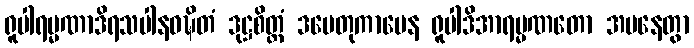
ရူပါရမ္မဏာဒိရသပါနဝဍ္ဎိတံ ဒုဋ္ဌစိတ္တံ ဒမေတုကာမေန ရူပါဒိအာရမ္မဏတော အပနေတွာ